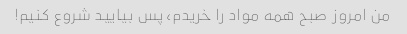
من امروز صبح همه مواد را خریدم، پس بیایید شروع کنیم!